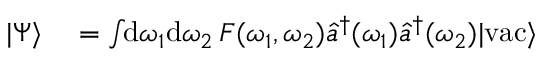
\begin{array} { r l } { | \Psi \rangle } & { { } = \int \! \! \mathrm { d } \omega _ { 1 } \mathrm { d } \omega _ { 2 } \, F ( \omega _ { 1 } , \omega _ { 2 } ) \hat { a } ^ { \dagger } ( \omega _ { 1 } ) \hat { a } ^ { \dagger } ( \omega _ { 2 } ) | \mathrm { v a c } \rangle } \end{array}